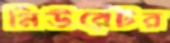
মিউরেটর